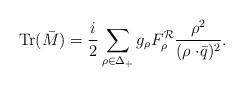
LaTeX: \begin{align*}\mbox{Tr}(\bar{M})={i\over2}\sum_{\rho\in\Delta_+}g_{\rho}F_{\rho}^{\cal R}{\rho^2\over{(\rho\cdot\!\bar{q})^2}}.\end{align*}